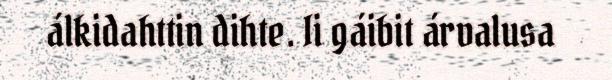
álkidahttin dihte. Ii gáibit árvalusa